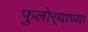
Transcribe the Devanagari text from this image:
फुलोर्‍याच्या